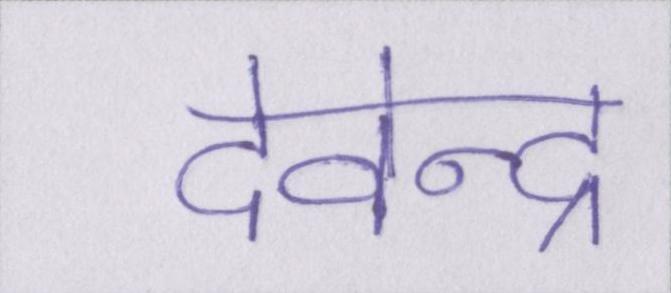
देवेन्द्र